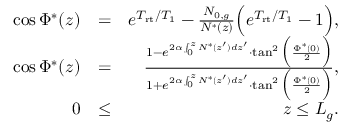
\begin{array} { r l r } { \cos \Phi ^ { * } ( z ) } & { = } & { e ^ { T _ { \mathrm { r t } } / T _ { 1 } } - \frac { N _ { 0 , g } } { N ^ { * } ( z ) } \Big ( e ^ { T _ { \mathrm { r t } } / T _ { 1 } } - 1 \Big ) , } \\ { \cos \Phi ^ { * } ( z ) } & { = } & { \frac { 1 - e ^ { 2 \alpha \int _ { 0 } ^ { z } N ^ { * } ( z ^ { \prime } ) d z ^ { \prime } } \cdot \tan ^ { 2 } \Big ( \frac { \Phi ^ { * } ( 0 ) } { 2 } \Big ) } { 1 + e ^ { 2 \alpha \int _ { 0 } ^ { z } N ^ { * } ( z ^ { \prime } ) d z ^ { \prime } } \cdot \tan ^ { 2 } \Big ( \frac { \Phi ^ { * } ( 0 ) } { 2 } \Big ) } , } \\ { 0 } & { \le } & { z \le L _ { g } . } \end{array}